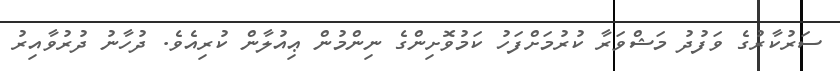
ސަރުކާރުގެ ވަފުދު މަޝްވަރާ ކުރުމަށްފަހު ކަމުވޮށިންގެ ނިންމުން ޢިއުލާން ކުރިއެވެ. ދުހާނު ދުރުވާއިރު